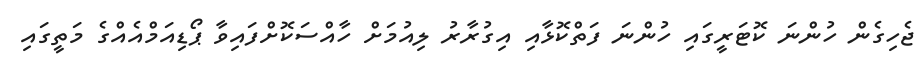
ޖެހިގެން ހުންނަ ކޮޓަރީގައި ހުންނަ ފަތްކޮޅާއި އިގުރާރު ލިއުމަށް ހާއްސަކޮށްފައިވާ ޕޯޑިއަމްއެއްގެ މަތީގައި